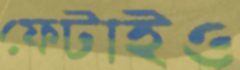
ফেটাইও